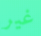
غير